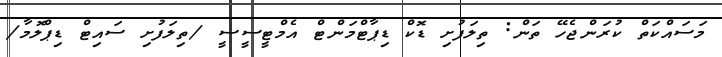
މަސައްކަތް ކުރަންޖެހޭ ތަން: ތިލަފުށި ޑޮކް ޑިޕާޓްމަންޓް އެމްޓީސީސީ /ތިލަފުށި ސައިޓް ޑިޕްލޮމާ/